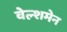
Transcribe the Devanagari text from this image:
वेल्शमेन